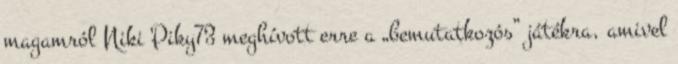
magamról Niki Piky73 meghívott erre a „bemutatkozós” játékra, amivel